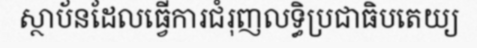
ស្ថាប័នដែលធ្វើការជំរុញលទ្ធិប្រជាធិបតេយ្យ